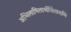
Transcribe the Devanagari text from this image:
अभिलाषितार्थचिंतामणि